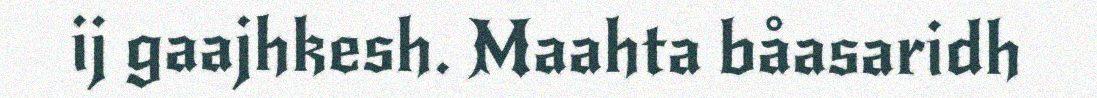
ij gaajhkesh. Maahta båasaridh